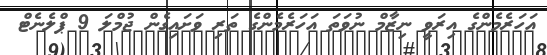
އަހަރެމެންގެ އިރަވީ ނިޒާމް ނުވަތަ އަހަރެމެންގެ ތަރި ވަށައިގެން ޖުމްލަ 9 ޕްލެނެޓް